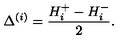
\Delta ^ { ( i ) } = \frac { H _ { i } ^ { + } - H _ { i } ^ { - } } { 2 } .